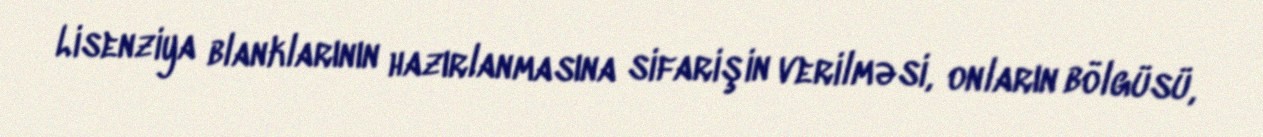
Lisenziya blanklarının hazırlanmasına sifarişin verilməsi, onların bölgüsü,